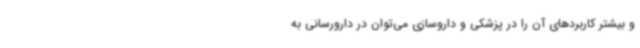
و بیشتر کاربردهای آن را در پزشکی و داروسازی می‌توان در دارورسانی به